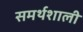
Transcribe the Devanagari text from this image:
समर्थशाली